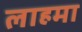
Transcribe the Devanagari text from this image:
लाहमा